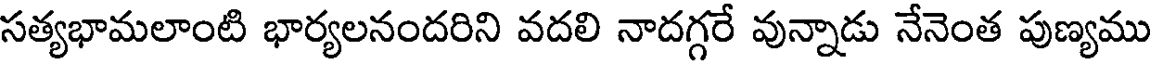
సత్యభామలాంటి భార్యలనందరిని వదలి నాదగ్గరే వున్నాడు నేనెంత పుణ్యము